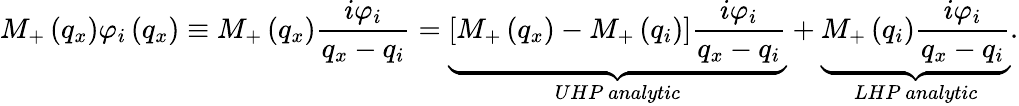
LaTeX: {{M}_{+}}\left({{q}_{x}}\right){{\varphi}_{i}}\left({{q}_{x}}\right)\equiv{{M}_{+}}\left({{q}_{x}}\right)\frac{i{{\varphi}_{i}}}{{{q}_{x}}-{{q}_{i}}}=\underbrace{\left[{{M}_{+}}\left({{q}_{x}}\right)-{{M}_{+}}\left({{q}_{i}}\right)\right]\frac{i{{\varphi}_{i}}}{{{q}_{x}}-{{q}_{i}}}}_{UHP\ analytic}+\underbrace{{{M}_{+}}\left({{q}_{i}}\right)\frac{i{{\varphi}_{i}}}{{{q}_{x}}-{{q}_{i}}}}_{LHP\ analytic}.